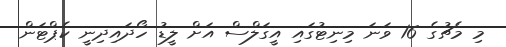
މި މެޗުގެ 16 ވަނަ މިނިޓުގައި އީގަލްސް އަށް ލީޑު ހޯދައިދިނީ ކެޕްޓަން